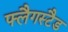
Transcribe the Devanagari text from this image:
फ्लैगस्टैड